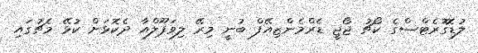
ލުޑޮގޮރެޓްސްގެ ކޯޗު ޖޯޖީ ޑެރްމެންޒިއޭފް ބުނީ މިރޭ ލިވަޕޫލްއާ ދެކޮޅަށް ކުޅޭ މެޗުގައި